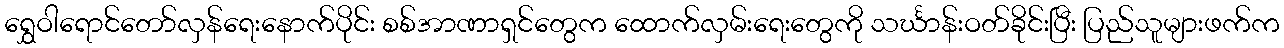
ရွှေဝါရောင်တော်လှန်ရေးနောက်ပိုင်း စစ်အာဏာရှင်တွေက ထောက်လှမ်းရေးတွေကို သင်္ဃာန်းဝတ်ခိုင်းပြီး ပြည်သူများဖက်က